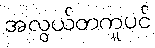
အလွယ်တကူပင်